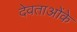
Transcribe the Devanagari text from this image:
देवताओंके